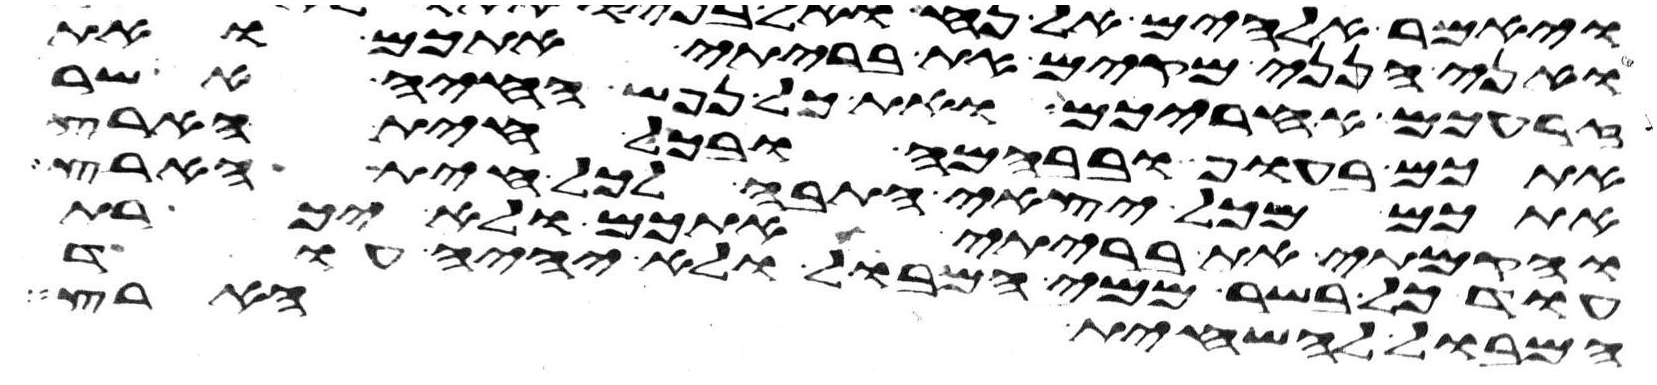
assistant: ואני הנני מקים את בריתי אתכם ואת
זרעכם אחריכם ואת כל נפש החיה אשר
אתכם בעוף ובבהמה ובכל חית הארץ
אתכם מכל יצאי התבה לכל חית הארץ
והקמתי את בריתי אתכם ולא יכרת
עוד כל בשר ממי המבול ולא יהיה עוד
המבול להשחית הארץ